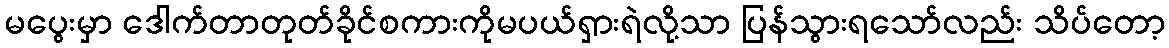
မပွေးမှာ ဒေါက်တာတုတ်ခိုင်စကားကိုမပယ်ရှားရဲလို့သာ ပြန်သွားရသော်လည်း သိပ်တော့